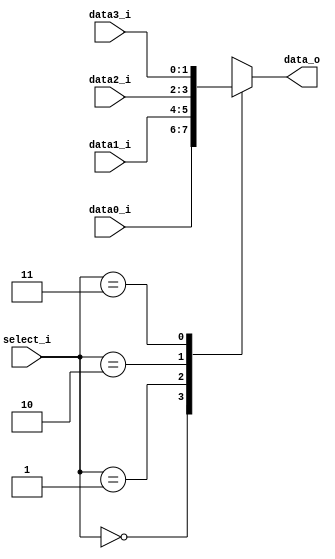
//Subject:     CO project 4 - MUX 421
//--------------------------------------------------------------------------------
//Version:     1
//--------------------------------------------------------------------------------
//Writer:
//----------------------------------------------
//Date:
//----------------------------------------------
//Description:
//--------------------------------------------------------------------------------

module Mux_4to1(
        data0_i,
        data1_i,
        data2_i,
        data3_i,
        select_i,
        data_o
     );

parameter size = 0;

//I/O ports
input   [size-1:0] data0_i;
input   [size-1:0] data1_i;
input   [size-1:0] data2_i;
input   [size-1:0] data3_i;

input   [2-1:0]    select_i;
output  [size-1:0] data_o;

//Internal Signals
reg    [size-1:0] data_o;

//Main function
always @(*)
	case(select_i)
		0:data_o <= data0_i;
		1:data_o <= data1_i;
		2:data_o <= data2_i;
		3:data_o <= data3_i;
		default: data_o <= data_o;
	endcase

endmodule